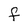
Character: f